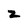
Character: z